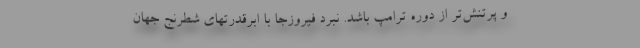
و پرتنش‌تر از دوره ترامپ باشد. نبرد فیروزجا با ابرقدرتهای شطرنج جهان